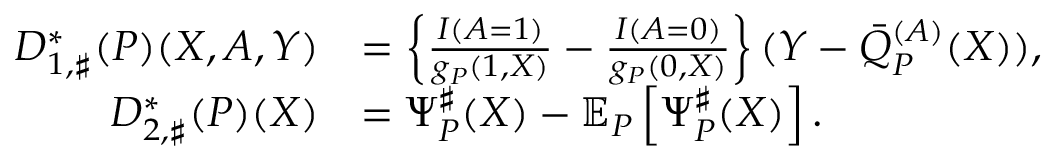
\begin{array} { r l } { D _ { 1 , \sharp } ^ { * } ( P ) ( X , A , Y ) } & { = \left\{ \frac { I ( A = 1 ) } { g _ { P } ( 1 , X ) } - \frac { I ( A = 0 ) } { g _ { P } ( 0 , X ) } \right\} ( Y - \bar { Q } _ { P } ^ { ( A ) } ( X ) ) , } \\ { D _ { 2 , \sharp } ^ { * } ( P ) ( X ) } & { = \Psi _ { P } ^ { \sharp } ( X ) - \mathbb { E } _ { P } \left[ \Psi _ { P } ^ { \sharp } ( X ) \right] . } \end{array}